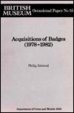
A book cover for Acqisitions of Badges (1978-1982) (British Museum Occasional Papers); Phillip Attwood; Crafts, Hobbies & Home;